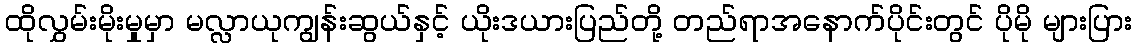
ထိုလွှမ်းမိုးမှုမှာ မလ္လာယုကျွန်းဆွယ်နှင့် ယိုးဒယားပြည်တို့ တည်ရာအနောက်ပိုင်းတွင် ပိုမို များပြား